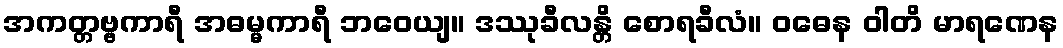
အကတ္တဗ္ဗကာရီ အဓမ္မကာရီ ဘဝေယျ။ ဒဿုခီလန္တိ စောရခီလံ။ ဝဓေန ဝါတိ မာရဏေန